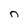
Character: n